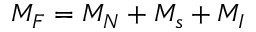
M _ { F } = M _ { N } + M _ { s } + M _ { I }